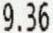
9.36